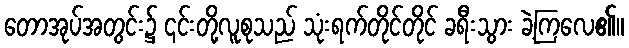
တောအုပ်အတွင်း၌ ၎င်းတို့လူစုသည် သုံးရက်တိုင်တိုင် ခရီးသွား ခဲ့ကြလေ၏။